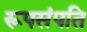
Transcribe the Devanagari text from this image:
रूपसंपति